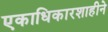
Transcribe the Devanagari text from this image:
एकाधिकारशाहीने